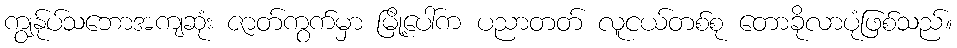
ကျွန်ုပ်သဘောအကျဆုံး ဇာတ်ကွက်မှာ မြို့ပေါ်က ပညာတတ် လူငယ်တစ်စု တောခိုလာပုံဖြစ်သည်။